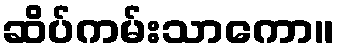
ဆိပ်ကမ်းသာကော။